Newspaper: The Indianapolis daily herald. [volume]
Place of publication: Indianapolis, Ind.
Publisher: Hall & Hutchinson
Date: 1865-12-13 00:00:00
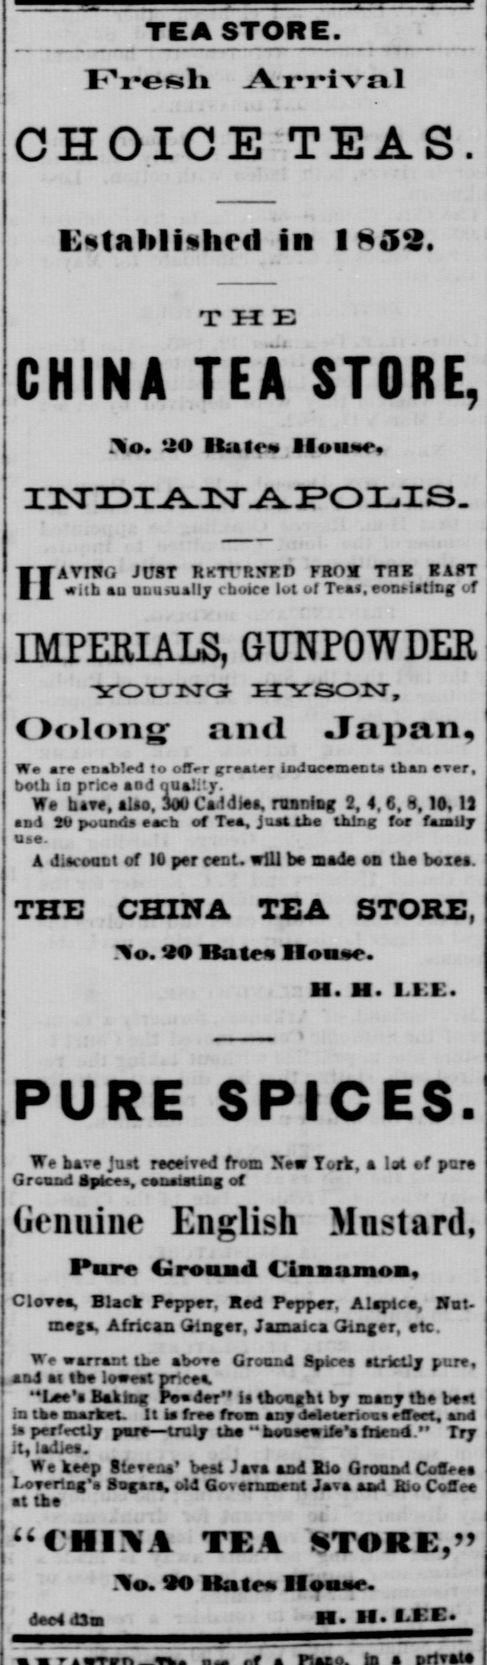
Advertisement text (OCR):
TEA STORE. FVeli Arrival OHOICETEAS. i;Hta!lilicl in 1852. the CHINA TEA STORE, o. tiO Ikitew Iloue. II ATT5G JC8T RKTTRXFD FROM THE EAST with au anu.ually choice lot of Tea, eonHitmg or IMPERIALS, GUNPOWDER YOXJISTG- HYSON, Oolong" and Japan ? are enabled to offer greater Inducement, tbaa ever, both io price aod quality. We hive, alio. 300 CaldMa, running 2, 4, 6, 8, 10, 1) and SV pound, each of Tea, juat tbo thing foe family u.a. A d.fcooti of 10 per enU will be mite tn the boxtt. THE CHINA TEA STORE, ."o. 20 Rate IIou-. ii. ii. i i i:. PURE SPICES. We have Jut received from Jvew York, a lat of pare Ground M pices, conaiatisg of Genuine English Mustard, Iure Ground Cinnamon, Clovea, Black Pepper, Red Peyper, Alaptce, Hat meja, African Gloger, Jamaica Ginger, etc. warrant the a bore Ground Spiee itrictJy pure, and at tb lowest prce. "Lee'i Baking PwdeT li thoeikt by tnary th Ut in the Biarket. lt ia frea froai any drteteriovs effeet, and la perfectly pre truly ln "booaewila'a friend." Try il, la.be. We keep Steveoa' beat Java and aUo Groaad Coffee Lovertng Sogara, old Government Java and KJo Coffee at the "CIIIXA TEA STORE," .o. 90 IKate Iloone. A davHdSoi H. II. E.rE
Label: text-only